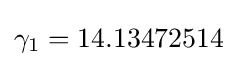
\gamma _{1}=14.13472514